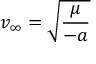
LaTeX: v _ { \infty } = { \sqrt { \frac { \mu } { - a } } } \,